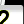
Digit: 2